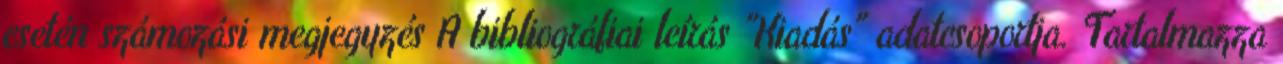
esetén számozási megjegyzés A bibliográfiai leírás "Kiadás" adatcsoportja. Tartalmazza